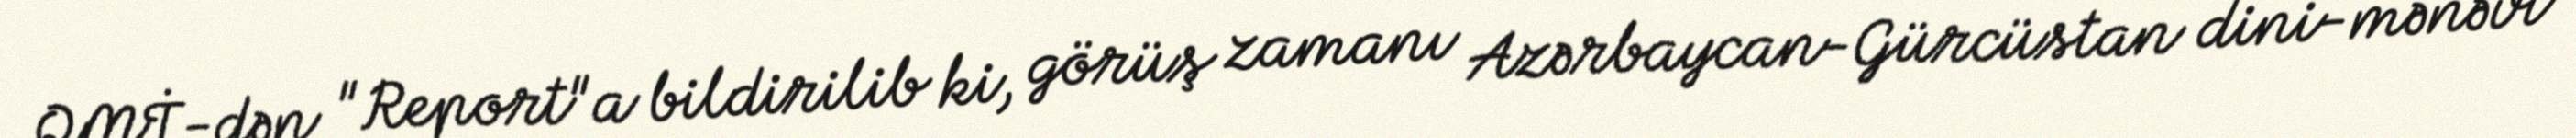
QMİ-dən "Report"a bildirilib ki, görüş zamanı Azərbaycan-Gürcüstan dini-mənəvi